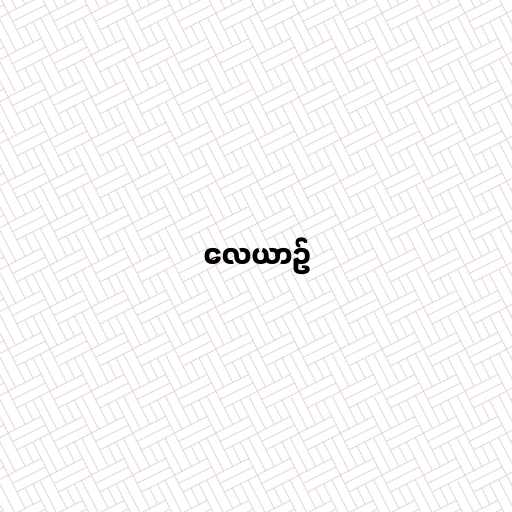
လေယာဉ်